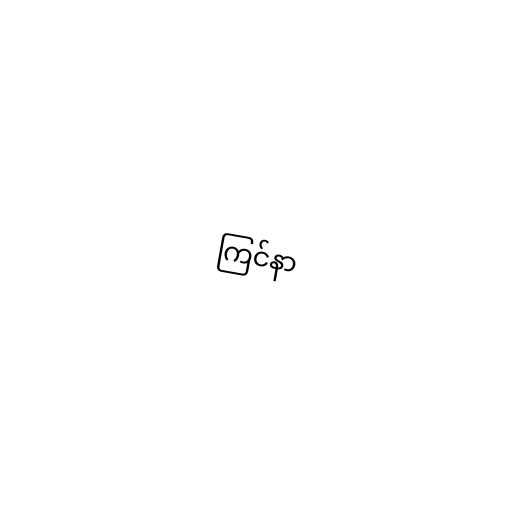
ကြင်နာ